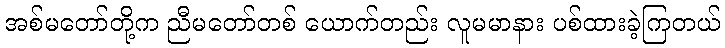
အစ်မတော်တို့က ညီမတော်တစ် ယောက်တည်း လူမမာနား ပစ်ထားခဲ့ကြတယ်